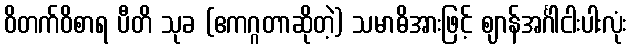
ဝိတက်ဝိစာရ ပီတိ သုခ (ဧကဂ္ဂတာဆိုတဲ့) သမာဓိအားဖြင့် ဈာန်အင်္ဂါငါးပါးလုံး